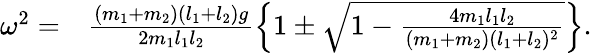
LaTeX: \begin{array}{rl}{\omega^{2}=}&{{}\frac{(m_{1}+m_{2})(l_{1}+l_{2})g}{2m_{1}l_{1}l_{2}}\left\{ 1\pm\sqrt{1-\frac{4m_{1}l_{1}l_{2}}{(m_{1}+m_{2})(l_{1}+l_{2})^{2}}}\right\} .}\end{array}